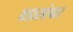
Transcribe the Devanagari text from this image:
वडासांबार